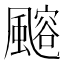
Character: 𩘪